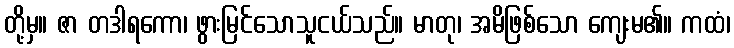
တို့မှ။ ဇာ တဒါရကော၊ ဖွားမြင်သောသူငယ်သည်။ မာတု၊ အမိဖြစ်သော ကျေးမ၏။ ကထံ၊